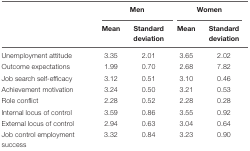
<table><thead><tr><td></td><td colspan="2"><b>Men</b></td><td colspan="2"><b>Women</b></td></tr><tr><td></td><td><b>Mean</b></td><td><b>Standard deviation</b></td><td><b>Mean</b></td><td><b>Standard deviation</b></td></tr></thead><tbody><tr><td>Unemployment attitude</td><td>3.35</td><td>2.01</td><td>3.65</td><td>2.02</td></tr><tr><td>Outcome expectations</td><td>1.99</td><td>0.70</td><td>2.68</td><td>7.82</td></tr><tr><td>Job search self-efficacy</td><td>3.12</td><td>0.51</td><td>3.10</td><td>0.46</td></tr><tr><td>Achievement motivation</td><td>3.24</td><td>0.50</td><td>3.21</td><td>0.53</td></tr><tr><td>Role conflict</td><td>2.28</td><td>0.52</td><td>2.28</td><td>0.28</td></tr><tr><td>Internal locus of control</td><td>3.59</td><td>0.86</td><td>3.55</td><td>0.92</td></tr><tr><td>External locus of control</td><td>2.94</td><td>0.63</td><td>3.04</td><td>0.64</td></tr><tr><td>Job control employment success</td><td>3.32</td><td>0.84</td><td>3.23</td><td>0.90</td></tr></tbody></table>